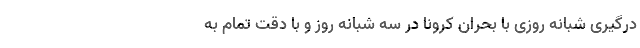
درگیری شبانه روزی با بحران کرونا در سه شبانه روز و با دقت تمام به